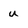
Character: u